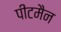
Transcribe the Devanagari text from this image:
पीटमैन